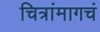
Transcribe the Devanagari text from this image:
चित्रांमागचं